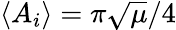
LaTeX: \langle A_{i}\rangle=\pi\sqrt{\mu}/4